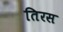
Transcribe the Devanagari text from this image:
तिरस